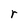
Character: r